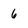
Character: 6